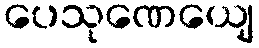
ပေသုဏေယျေ